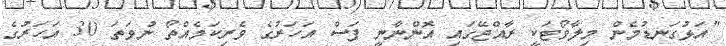
"އަޅުގަނޑުމެން މިލާވޯޓަކީ ރާއްޖޭގައި އޮންނާނީ ފަސް އަހަރުގެ ވެރިކަމެއްތޯ ނުވަތަ 30 އަހަރުގެ